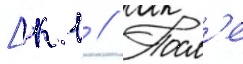
[к 1 // Посл'е